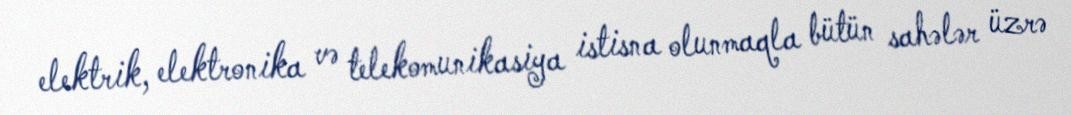
elektrik, elektronika və telekomunikasiya istisna olunmaqla bütün sahələr üzrə